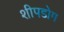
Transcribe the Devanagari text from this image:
शीपडोग